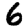
Digit: 6